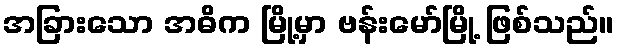
အခြားသော အဓိက မြို့မှာ ဗန်းမော်မြို့ ဖြစ်သည်။